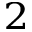
^ 2